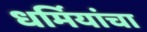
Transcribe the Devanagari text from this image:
धर्मियांचा